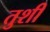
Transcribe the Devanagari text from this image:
तुशीं